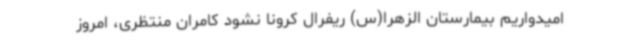
امیدواریم بیمارستان الزهرا(س) ریفرال کرونا نشود کامران منتظری، امروز